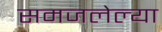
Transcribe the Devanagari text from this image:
समजलेल्या